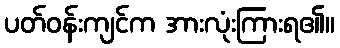
ပတ်ဝန်းကျင်က အားလုံးကြားရ၏။